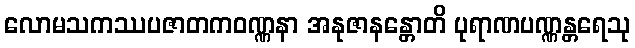
လောမသကဿပဇာတကဝဏ္ဏနာ အနုဇာနန္တောတိ ပုရာဏပဏ္ဏန္တရေသု